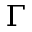
\Gamma